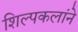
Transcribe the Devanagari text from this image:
शिल्पकलांने